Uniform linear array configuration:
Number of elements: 12
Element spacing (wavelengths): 1
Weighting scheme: blackman
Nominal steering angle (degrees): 60
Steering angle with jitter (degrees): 61.349
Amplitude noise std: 0.05
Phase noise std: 0.05

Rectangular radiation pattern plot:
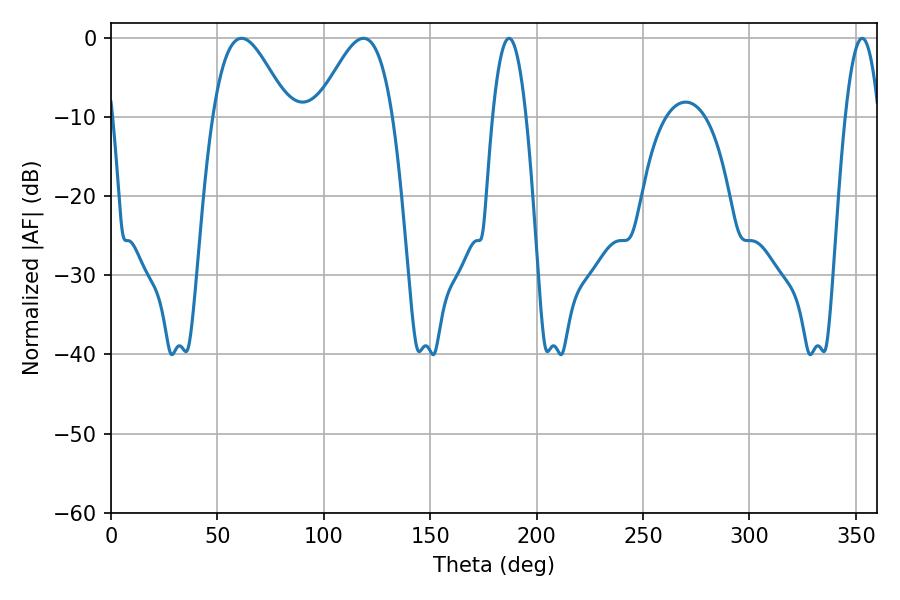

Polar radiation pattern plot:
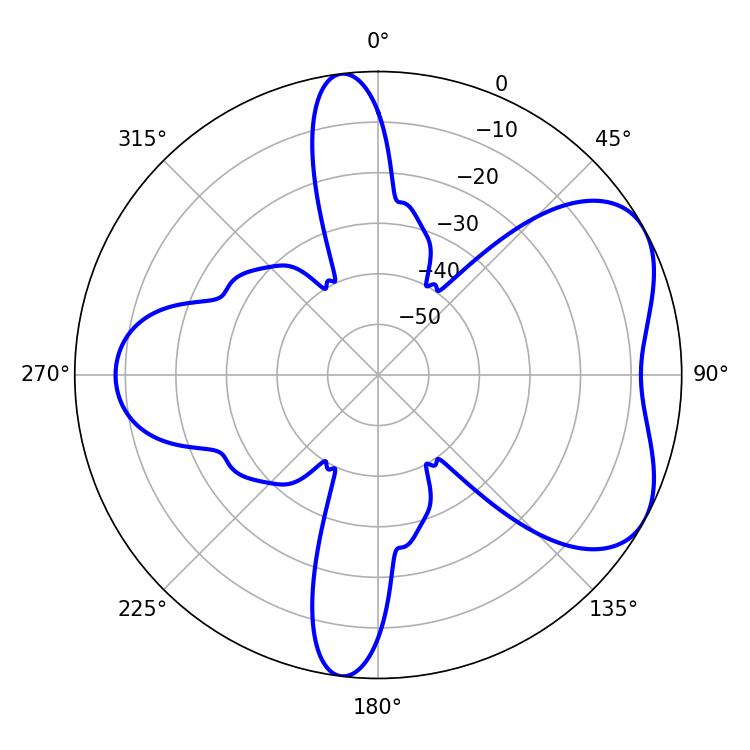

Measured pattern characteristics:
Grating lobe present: TRUE
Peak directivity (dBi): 5.435
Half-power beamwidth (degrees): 8.64
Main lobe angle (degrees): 352.98